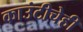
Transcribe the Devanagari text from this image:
काउंटीचेही